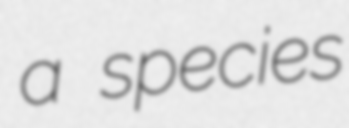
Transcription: a species